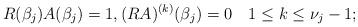
LaTeX: \begin{align*}R(\beta_j)A(\beta_j)=1, (RA)^{(k)}(\beta_j)=0\quad1\le k\le\nu_j-1;\end{align*}